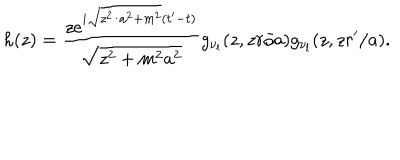
h ( z ) = \frac { z e ^ { i \sqrt { z ^ { 2 } / a ^ { 2 } + m ^ { 2 } } ( t ^ { \prime } - t ) } } { \sqrt { z ^ { 2 } + m ^ { 2 } a ^ { 2 } } } g _ { \nu _ { l } } ( z , z r / a ) g _ { \nu _ { l } } ( z , z r ^ { \prime } / a ) .